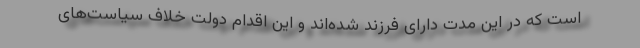
است که در این مدت دارای فرزند شده‌اند و این اقدام دولت خلاف سیاست‌های